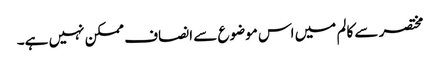
مختصر سے کالم میں اس موضوع سے انصاف ممکن نہیں ہے۔